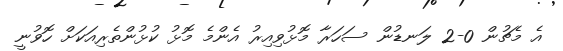
އެ މެޗުން 0-2 ލަނޑުން ސަހަރާ މޮޅުވިއިރު އެންމެ މޮޅު ކުޅުންތެރިއަކަށް ހޮވުނީ